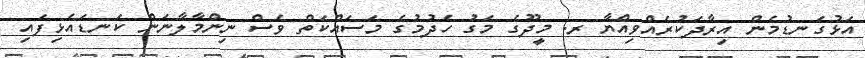
އަޅުގަނޑުމެން އިރާދަކުރެއްވިއްޔާ ރ. މީދޫގެ މަގު ހެދުމުގެ މަސައްކަތް ވެސް ނިންމާލާނަން ކަނޑައެޅިފައި